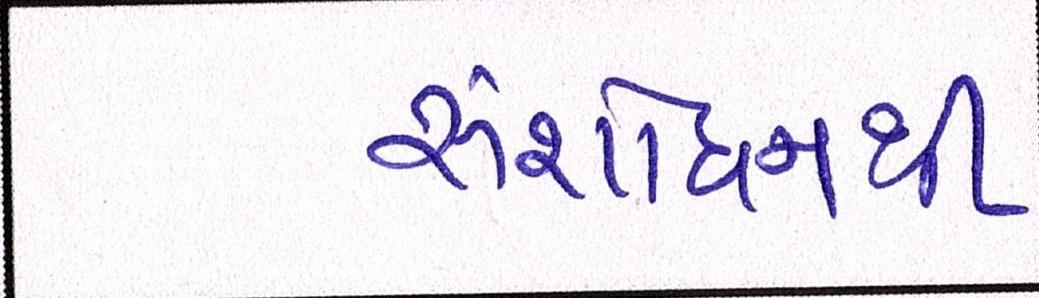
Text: સંશોધનથી